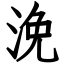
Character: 浼